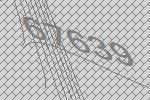
67639